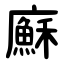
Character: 㢝